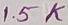
Text: 1.5K